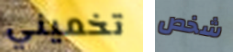
تخميني شخص